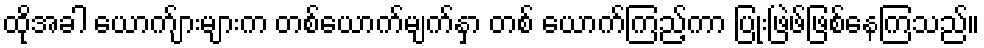
ထိုအခါ ယောက်ျားများက တစ်ယောက်မျက်နှာ တစ် ယောက်ကြည့်ကာ ပြုံးဖြဲဖ်ဖြစ်နေကြသည်။